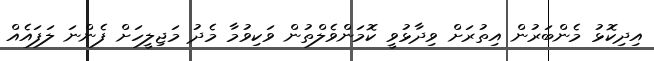
އިދިކޮޅު މެންބަރުން އިތުރަށް ވިދާޅުވީ ކޮމަންވެލްތުން ވަކިވުމާ މެދު މަޖިލީހަށް ފެންނަ ލަފައެއް